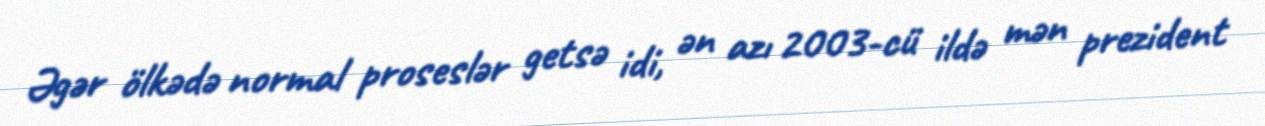
Əgər ölkədə normal proseslər getsə idi, ən azı 2003-cü ildə mən prezident